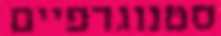
סטנוגרפיים